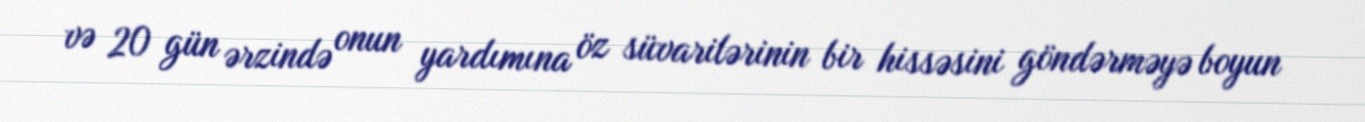
və 20 gün ərzində onun yardımına öz süvarilərinin bir hissəsini göndərməyə boyun